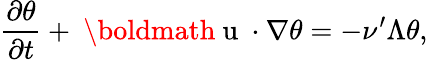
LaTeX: \frac{\partial\theta}{\partial t}+\mathrm{~\boldmath~u~}\cdot\nabla\theta=-\nu^{\prime}\Lambda\theta,